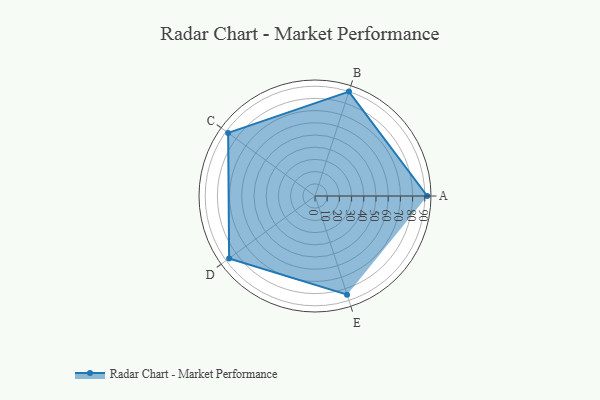
{"axis": {"x": "Skill", "y": "Score"}, "legend": ["Profile"], "data": [{"x": "A", "y": 92.0, "type": "Profile"}, {"x": "B", "y": 90.0, "type": "Profile"}, {"x": "C", "y": 88.0, "type": "Profile"}, {"x": "D", "y": 87.0, "type": "Profile"}, {"x": "E", "y": 85.0, "type": "Profile"}]}